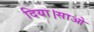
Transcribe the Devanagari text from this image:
दिया।साओ